Report on malaria in the Punjab during the year ...  together with an account of the work of the Punjab Malaria Bureau - Volume 3
Disease focus: Malaria
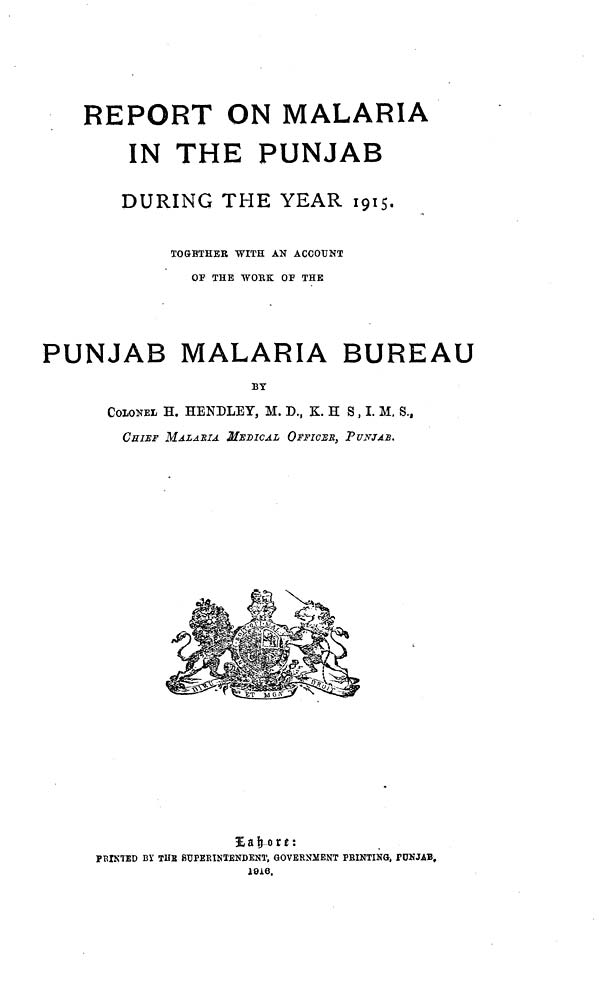
REPORT ON MALARIA
IN THE PUNJAB
DURING THE YEAR 1915.
TOGETHER WITH AN ACCOUNT
OP THE WORK OF THE
PUNJAB MALARIA BUREAU
BY
COLONEL H. HENDLEY, M. D., K. H S, I. M. S.,
CHIEF MALARIA MEDICAL OFFICER, PUNJAB.
Lahore:
PRINTED BY THE SUPERINTENDENT, GOVERNMENT PRINTING, PUNJAB,
1916.